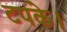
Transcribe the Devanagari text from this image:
टपके।